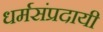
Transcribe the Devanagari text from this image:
धर्मसंप्रदायी